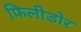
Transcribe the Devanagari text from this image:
फिलीडोर